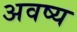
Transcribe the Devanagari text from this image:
अवष्य